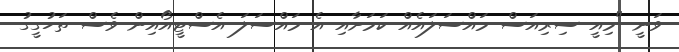
ވަނީ "މިއީ ސިރިއަސް މައްސަލައެއް ކަމަށާއި އެ މައްސަލަ އެސްޓީއޯއިން ވެސް ތަހުގީގު